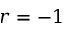
r = - 1